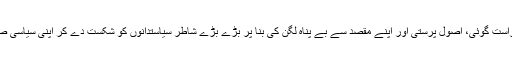
اس عظیم راہنما نے اپنے عزم واستقلال، راست گوئی، اصول پرستی اور اپنے مقصد سے بے پناہ لگن کی بنا پر بڑے بڑے شاطر سیاستدانوں کو شکست دے کر اپنی سیاسی صلاحیت و لیاقت اور بصیرت کا لوہا منوایا۔